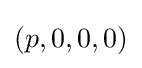
(p,0,0,0)